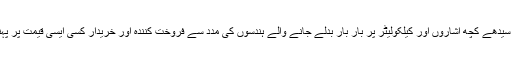
تھوڑی دیر میں ٹوٹی پھوٹی انگریزی، الٹے سیدھے کچھ اشاروں اور کیلکولیٹر پر بار بار بدلے جانے والے ہندسوں کی مدد سے فروخت کنندہ اور خریدار کسی ایسی قیمت پر پہنچ جاتے جو دونوں کے لیے قابل قبول ہوتی۔